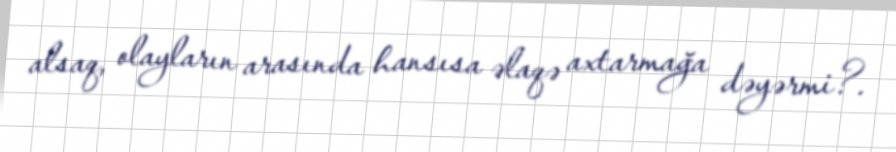
alsaq, olayların arasında hansısa əlaqə axtarmağa dəyərmi?.